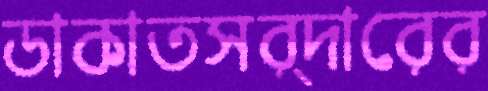
ডাকাতসর্দারের